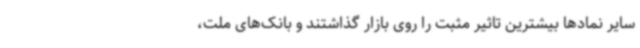
سایر نمادها بیشترین تاثیر مثبت را روی بازار گذاشتند و بانک‌های ملت،